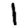
Digit: 1